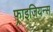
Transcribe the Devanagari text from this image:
फ़्राइजियन्स